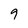
Character: 9